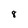
Character: 8